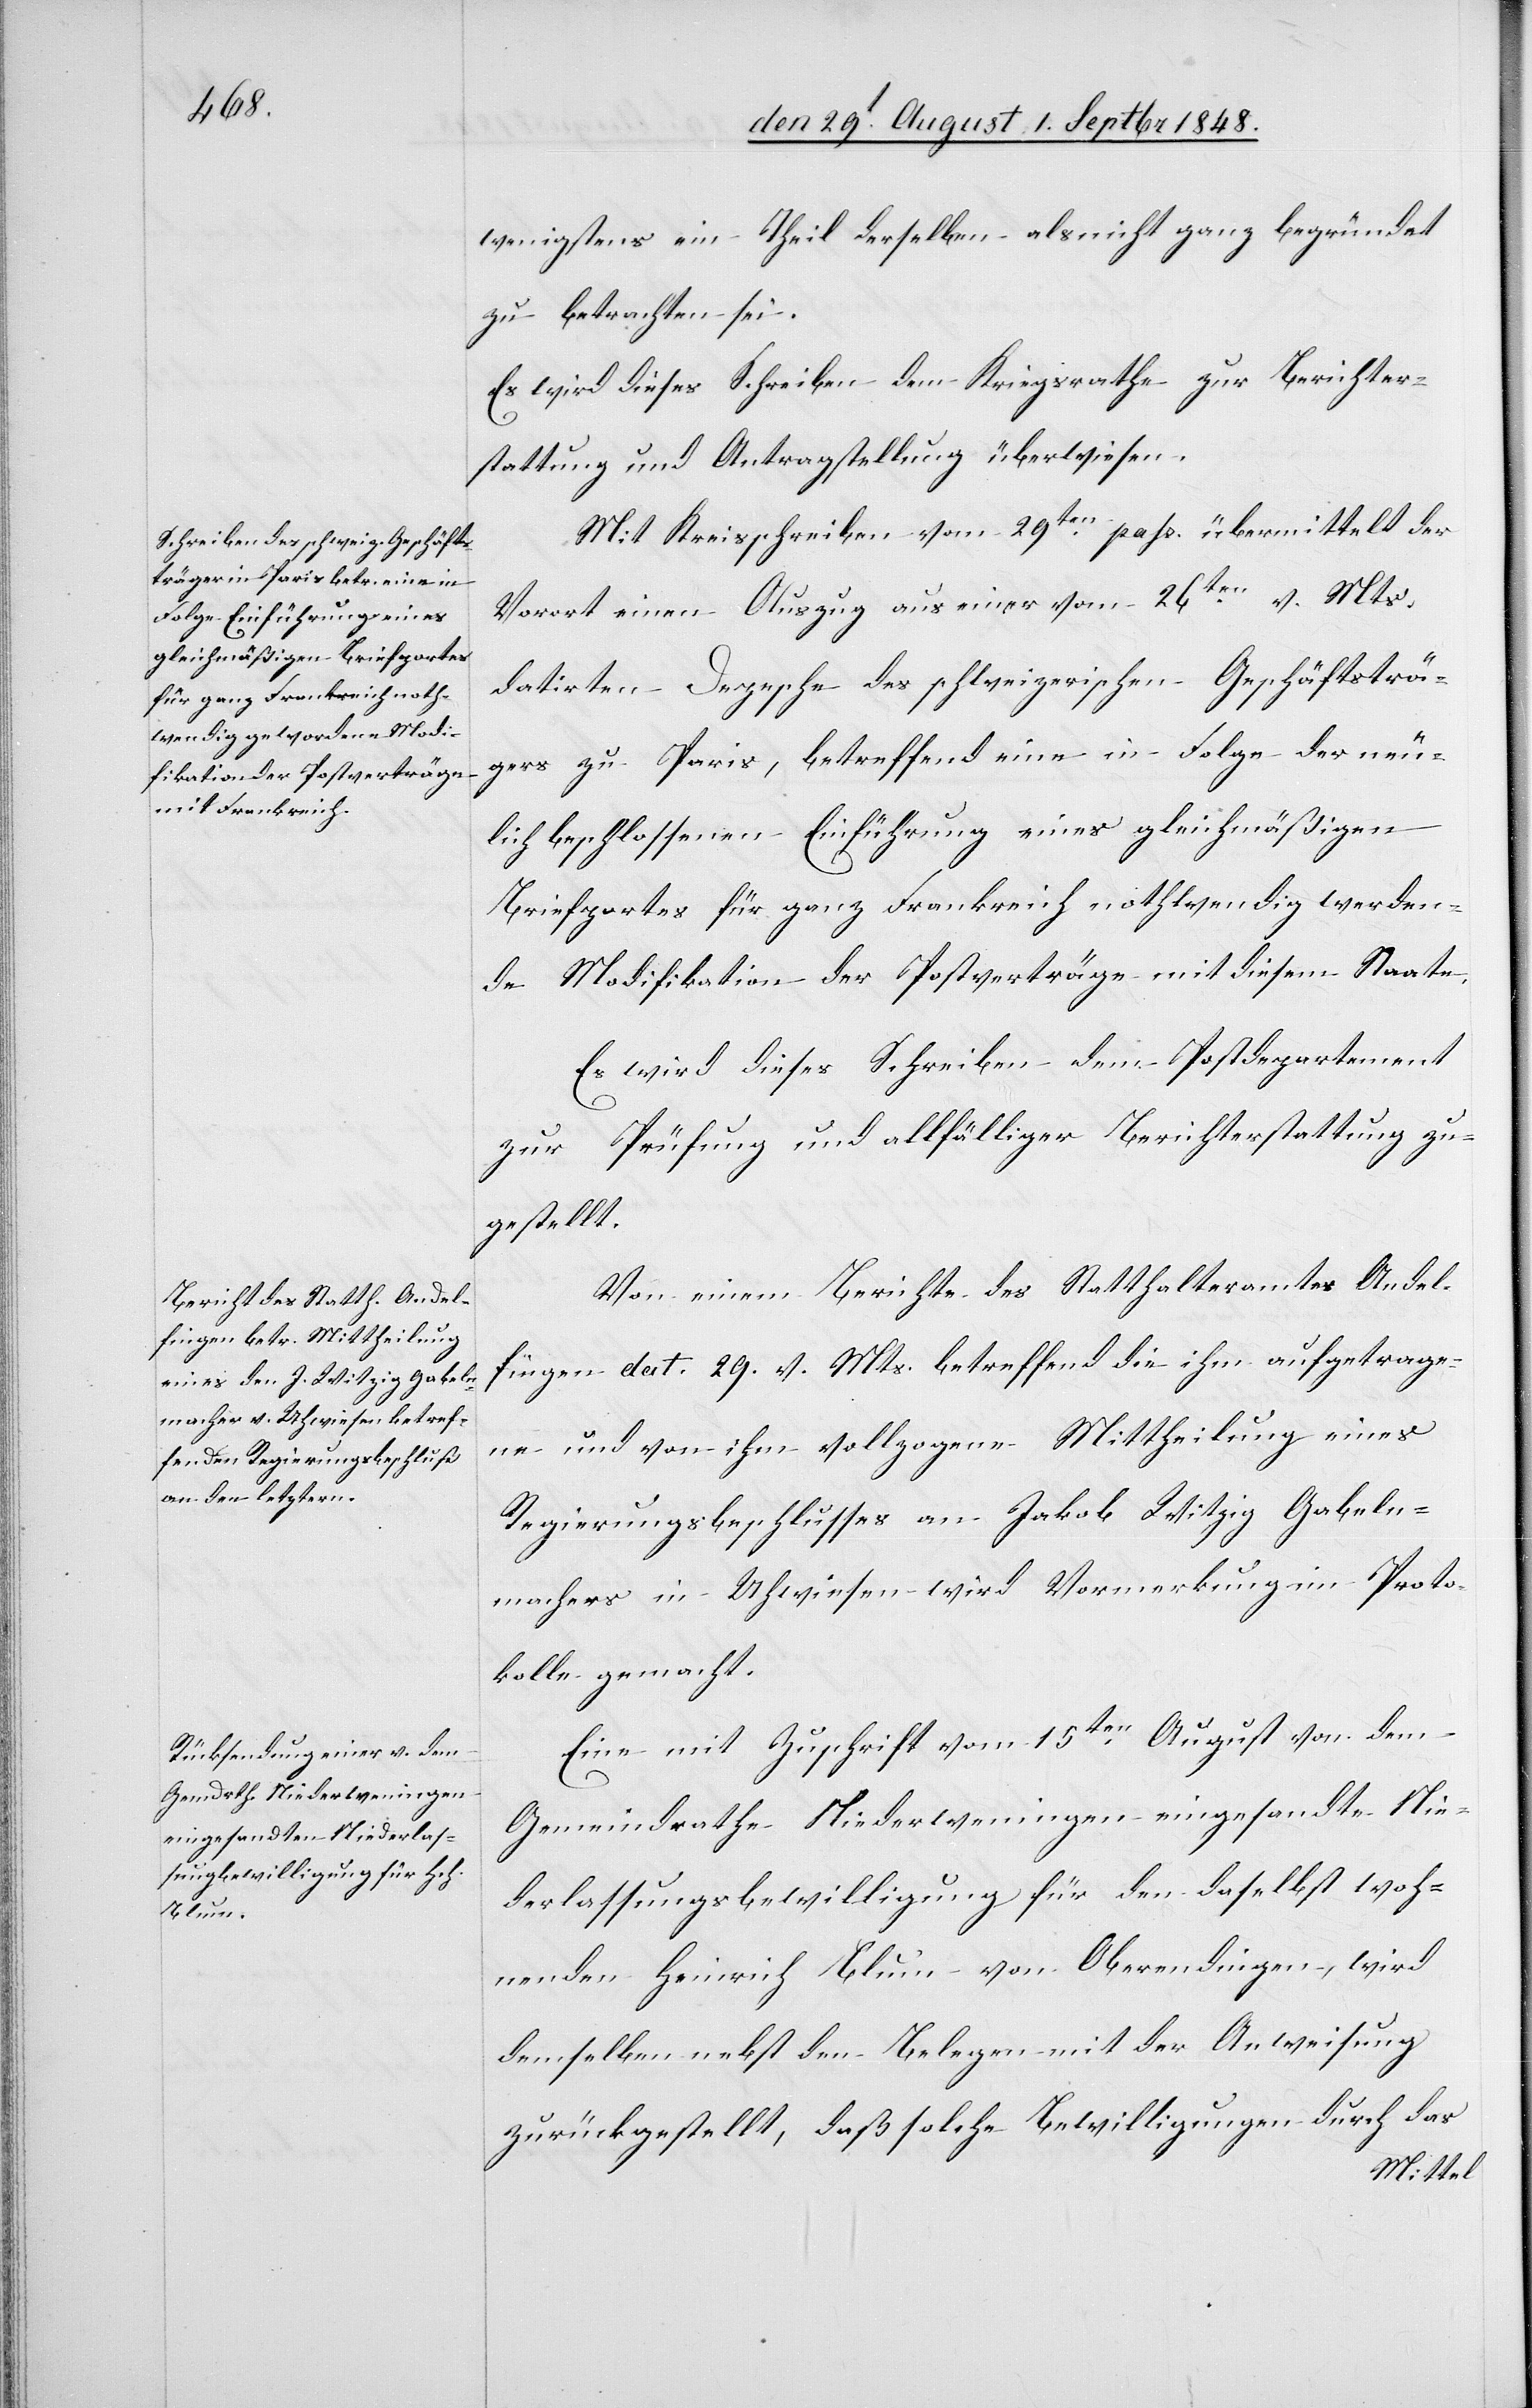
wenigstens ein Theil derselben als nicht ganz begründet
zu betrachten sei.
Es wird dieses Schreiben dem Kriegsrathe zur Berichter¬
stattung und Antragstellung überwiesen.
Mit Kreisschreiben vom 29ten pass. übermittelt der
Vorort einen Auszug aus einer vom 26ten v. Mts.
datirten Depesche des schweizerischen Geschäftsträ¬
gers zu Paris, betreffend eine in Folge der neu¬
lich beschlossenen Einführung eines gleichmäßigen
Briefportes für ganz Frankreich nothwendig werden¬
de Modifikation der Postverträge mit diesem Staate.
Es wird dieses Schreiben dem Postdepartement
zur Prüfung und allfälliger Berichterstattung zu¬
gestellt.
Von einem Berichte des Statthalteramtes Andel¬
fingen dat. 29. v. Mts. betreffend die ihm aufgetrage¬
ne und von ihm vollzogene Mittheilung eines
Regierungsbeschlusses an Jakob Witzig Gabeln¬
machers in Uhwiesen wird Vormerkung im Proto¬
kolle gemacht.
Eine mit Zuschrift vom 15ten August von dem
Gemeindrathe Niederweningen eingesandte Nie¬
derlassungsbewilligung für den daselbst woh¬
nenden Heinrich Blum von Oberendingen, wird
demselben nebst den Belegen mit der Anweisung
zurückgestellt, daß solche Bewilligungen durch das